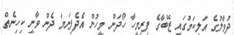
ދުވާލުގެ އަލިކަމުގައި ޒޭބާގެ ފިރިމީހާ ހޯދަން މީހުން އެދެފިނަމަ ދެން ވާނީ ކިހިނެތް